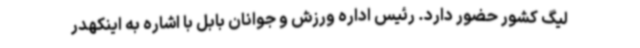
لیگ کشور حضور دارد. رئیس اداره ورزش و جوانان بابل با اشاره به اینکهدر